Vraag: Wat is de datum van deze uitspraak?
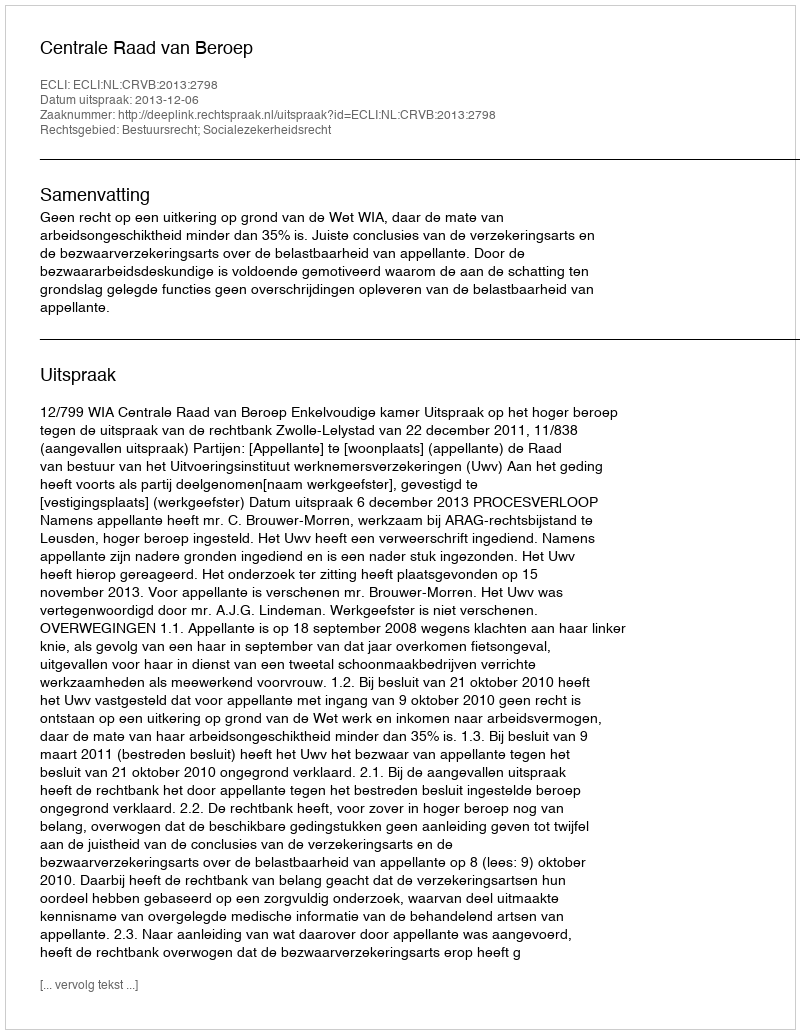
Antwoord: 2013-12-06